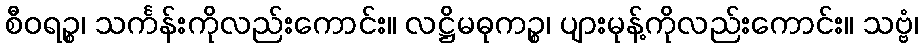
စီဝရဉ္စ၊ သင်္ကန်းကိုလည်းကောင်း။ လဋ္ဌိမဓုကဉ္စ၊ ပျားမုန့်ကိုလည်းကောင်း။ သဗ္ဗံ၊